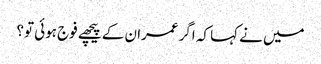
میں نے کہا کہ اگر عمران کے پیچھے فوج ہوئی تو؟